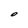
Character: O